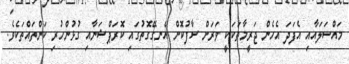
މައްސަލައާއި އެފަދަ އެހެން ޖަރީމާތަކަކީ ވަރަށް ސާފުކޮށް އެނގޭގޮތުގައި ކޮރަޕްޝަނާއި ގުޅުންހުރި ކަންތައްތަކެވެ.